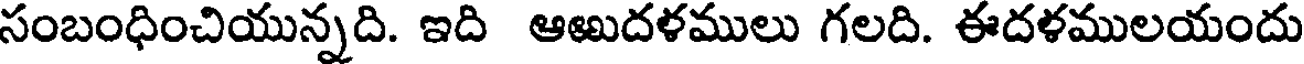
సంబంధించియున్నది. ఇది ఆఱుదళములు గలది. ఈదళములయందు